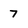
Character: 7